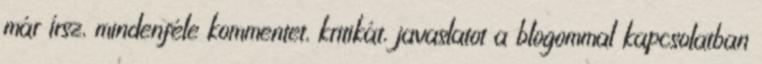
már írsz, mindenféle kommentet, kritikát, javaslatot a blogommal kapcsolatban